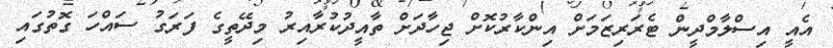
އެއީ އިސްލާމްދީން ޓެރަރިޒަމަށް އިންކާރުކޮށް ޖިހާދަށް ތާއީދުކުރާއިރު މިދޭތީގެ ފަރަގު ސައްހަ ގޮތުގައި